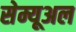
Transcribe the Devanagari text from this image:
सेम्यूअल